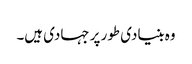
وہ بنیادی طور پر جہادی ہیں۔